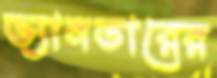
ভ্যানডারের